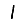
Digit: 1